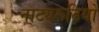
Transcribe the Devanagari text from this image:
नाट्यरूढ़ियों